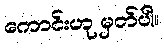
ကောင်းဟု မှတ်ပါ။